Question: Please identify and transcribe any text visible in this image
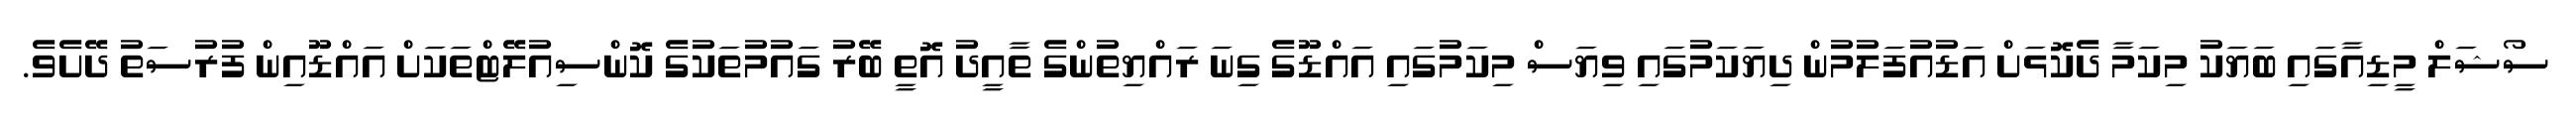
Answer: ސޯޝަލް މީޑިއާގައި ބަޔަކު މިކަމާ ދެކޮޅަށް އަޑުއުފަލުމުން ދިޔަކަމުގައި ވިޔަސް މިކަމުގައި އައްޑޫގެ ގިނަ ރައްޔިތުންގެ ތާއީދު އޮތީ ބޭރު ގައުމުތަކުގެ ކޮންސިއުލޭޓްތަކަށް އައްޑޫއިން ފުރުސަތު ދޭށެވެ.